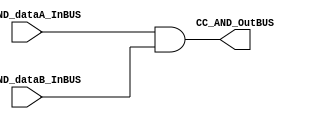
module CC_AND (

//////////// OUTPUTS //////////

	CC_AND_OutBUS,
	
//////////// INPUTS //////////

	CC_AND_dataA_InBUS,
	CC_AND_dataB_InBUS
);
//=======================================================
//  PARAMETER declarations
//=======================================================
parameter NUMBER_DATAWIDTH = 8;
//=======================================================
//  PORT declarations
//=======================================================

output 	[NUMBER_DATAWIDTH-1:0] CC_AND_OutBUS;

input 	[NUMBER_DATAWIDTH-1:0] CC_AND_dataA_InBUS;
input 	[NUMBER_DATAWIDTH-1:0] CC_AND_dataB_InBUS;
//=======================================================
//  REG/WIRE declarations
//=======================================================

//=======================================================
//  Structural coding
//=======================================================

and(CC_AND_OutBUS, CC_AND_dataA_InBUS, CC_AND_dataB_InBUS);

endmodule